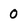
Character: 0